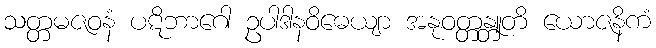
သတ္တမဇဝနံ ပဋိဘာဂေါ ဥပါဒါနဝိဓေယျာ အနုဝတ္တန္တူတိ ယောဇနိကံ